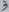
Text: 3